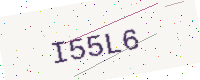
Text: I55L6